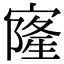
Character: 㝫